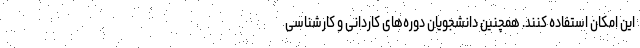
این امکان استفاده کنند. همچنین دانشجویان دوره‌های کاردانی و کارشناسی